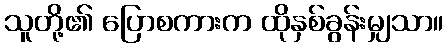
သူတို့၏ ပြောစကားက ထိုနှစ်ခွန်းမျှသာ။